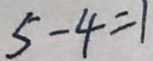
5 - 4 = 1